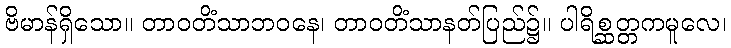
ဗိမာန်ရှိသော။ တာဝတိံသာဘဝနေ၊ တာဝတိံသာနတ်ပြည်၌။ ပါရိစ္ဆတ္တကမူလေ၊